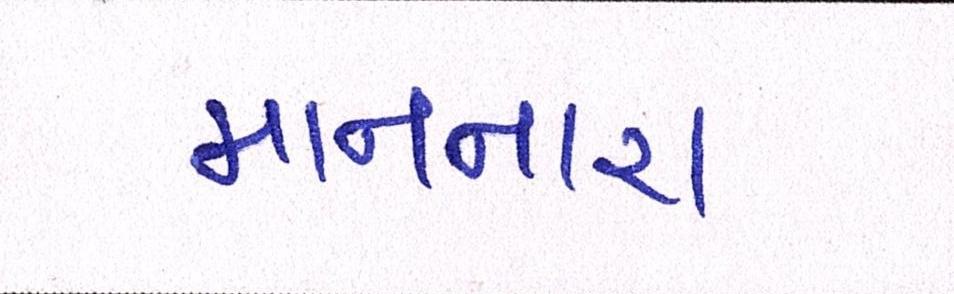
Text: માનનારા